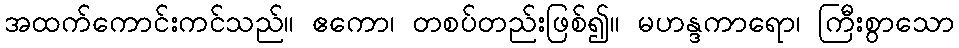
အထက်ကောင်းကင်သည်။ ဧကော၊ တစပ်တည်းဖြစ်၍။ မဟန္ဒကာရော၊ ကြီးစွာသော